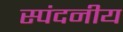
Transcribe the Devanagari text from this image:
स्पंदनीय